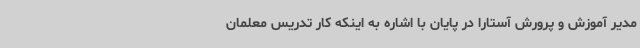
مدیر آموزش و پرورش آستارا در پایان با اشاره به اینکه کار تدریس معلمان